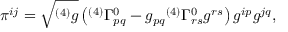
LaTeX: \pi ^ { i j } = { \sqrt { ^ { ( 4 ) } g } } \left( { ^ { ( 4 ) } } \Gamma _ { p q } ^ { 0 } - g _ { p q } { ^ { ( 4 ) } } \Gamma _ { r s } ^ { 0 } g ^ { r s } \right) g ^ { i p } g ^ { j q } ,